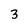
Character: 3